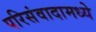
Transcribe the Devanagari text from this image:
परिसंवादामध्ये